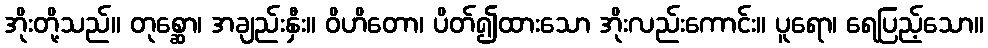
အိုးတို့သည်။ တုစ္ဆော၊ အချည်းနှီး။ ဝိဟိတော၊ ပိတ်၍ထားသော အိုးလည်းကောင်း။ ပူရော၊ ရေပြည့်သော။